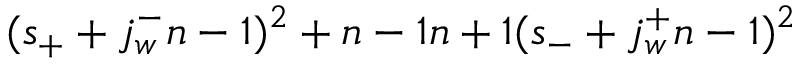
( s _ { + } + { { j _ { w } ^ { - } } \o { n - 1 } } ) ^ { 2 } + { { n - 1 } \o { n + 1 } } ( s _ { - } + { { j _ { w } ^ { + } } \o { n - 1 } } ) ^ { 2 }